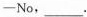
—No,___.